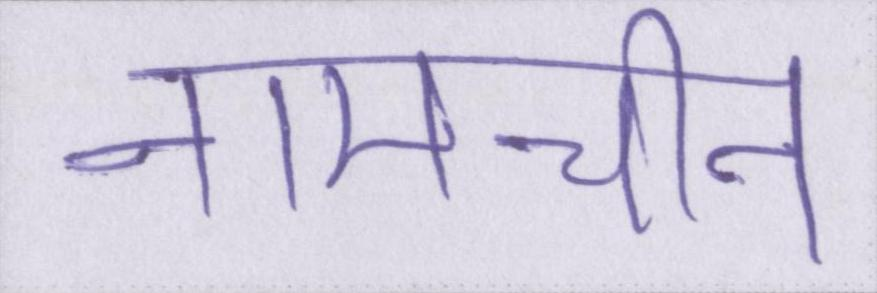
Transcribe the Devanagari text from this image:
नामचीन